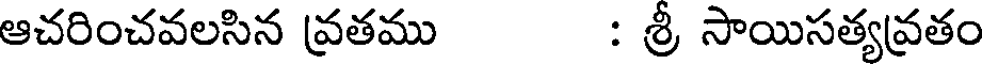
ఆచరించవలసిన వ్రతము : శ్రీ సాయిసత్యవ్రతం